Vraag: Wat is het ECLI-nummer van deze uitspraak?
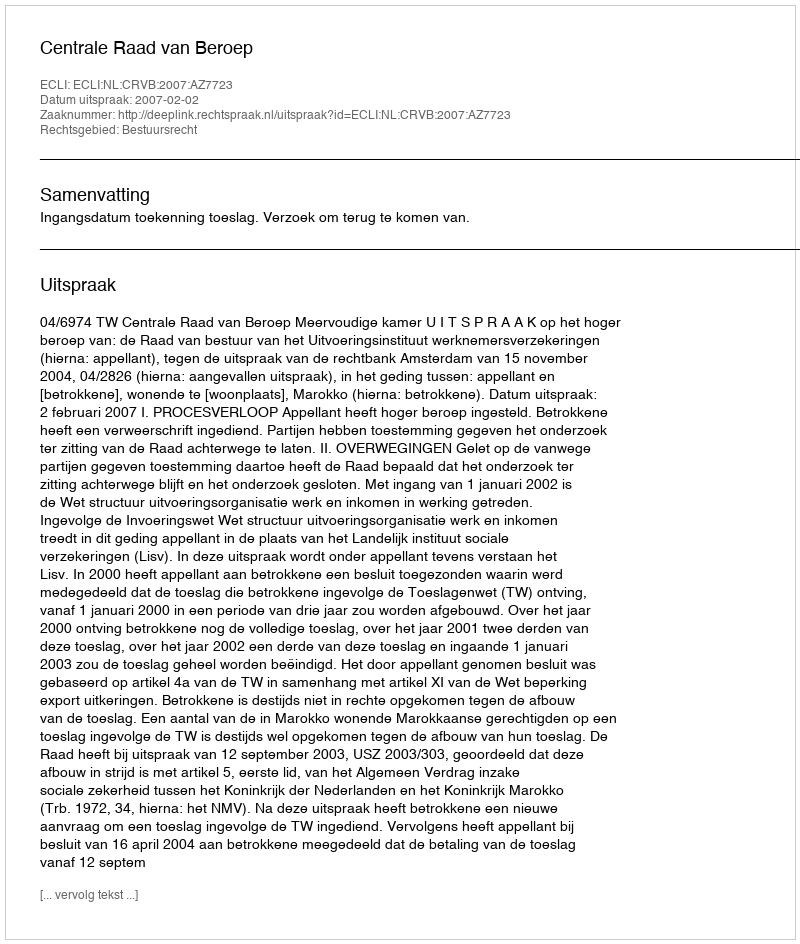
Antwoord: ECLI:NL:CRVB:2007:AZ7723